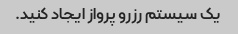
یک سیستم رزرو پرواز ایجاد کنید.